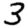
Digit: 3